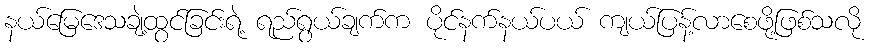
နယ်မြေဒေသချဲ့ထွင်ခြင်းရဲ့ ရည်ရွယ်ချက်က ပိုင်နက်နယ်ပယ် ကျယ်ပြန့်လာစေဖို့ဖြစ်သလို